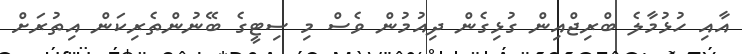
އާއި ހުޅުމާލެ ބްރިޖްއިން ގުޅިގެން ދިއުމުން ވެސް މި ސިޓީގެ ބޭނުންތެރިކަން އިތުރަށް